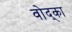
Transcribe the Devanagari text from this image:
वोद्का